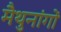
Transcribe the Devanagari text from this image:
मैथुनांगों